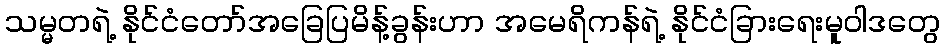
သမ္မတရဲ့ နိုင်ငံတော်အခြေပြမိန့်ခွန်းဟာ အမေရိကန်ရဲ့ နိုင်ငံခြားရေးမူဝါဒတွေ